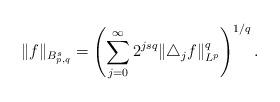
LaTeX: \begin{align*}\|f\|_{B_{p,q}^s}=\left(\sum_{j=0}^{\infty}2^{jsq}\|\triangle_jf\|_{L^p}^q\right)^{1/q}.\end{align*}